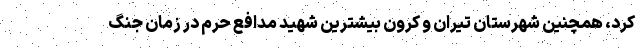
کرد، همچنین شهرستان تیران و کرون بیشترین شهید مدافع حرم در زمان جنگ